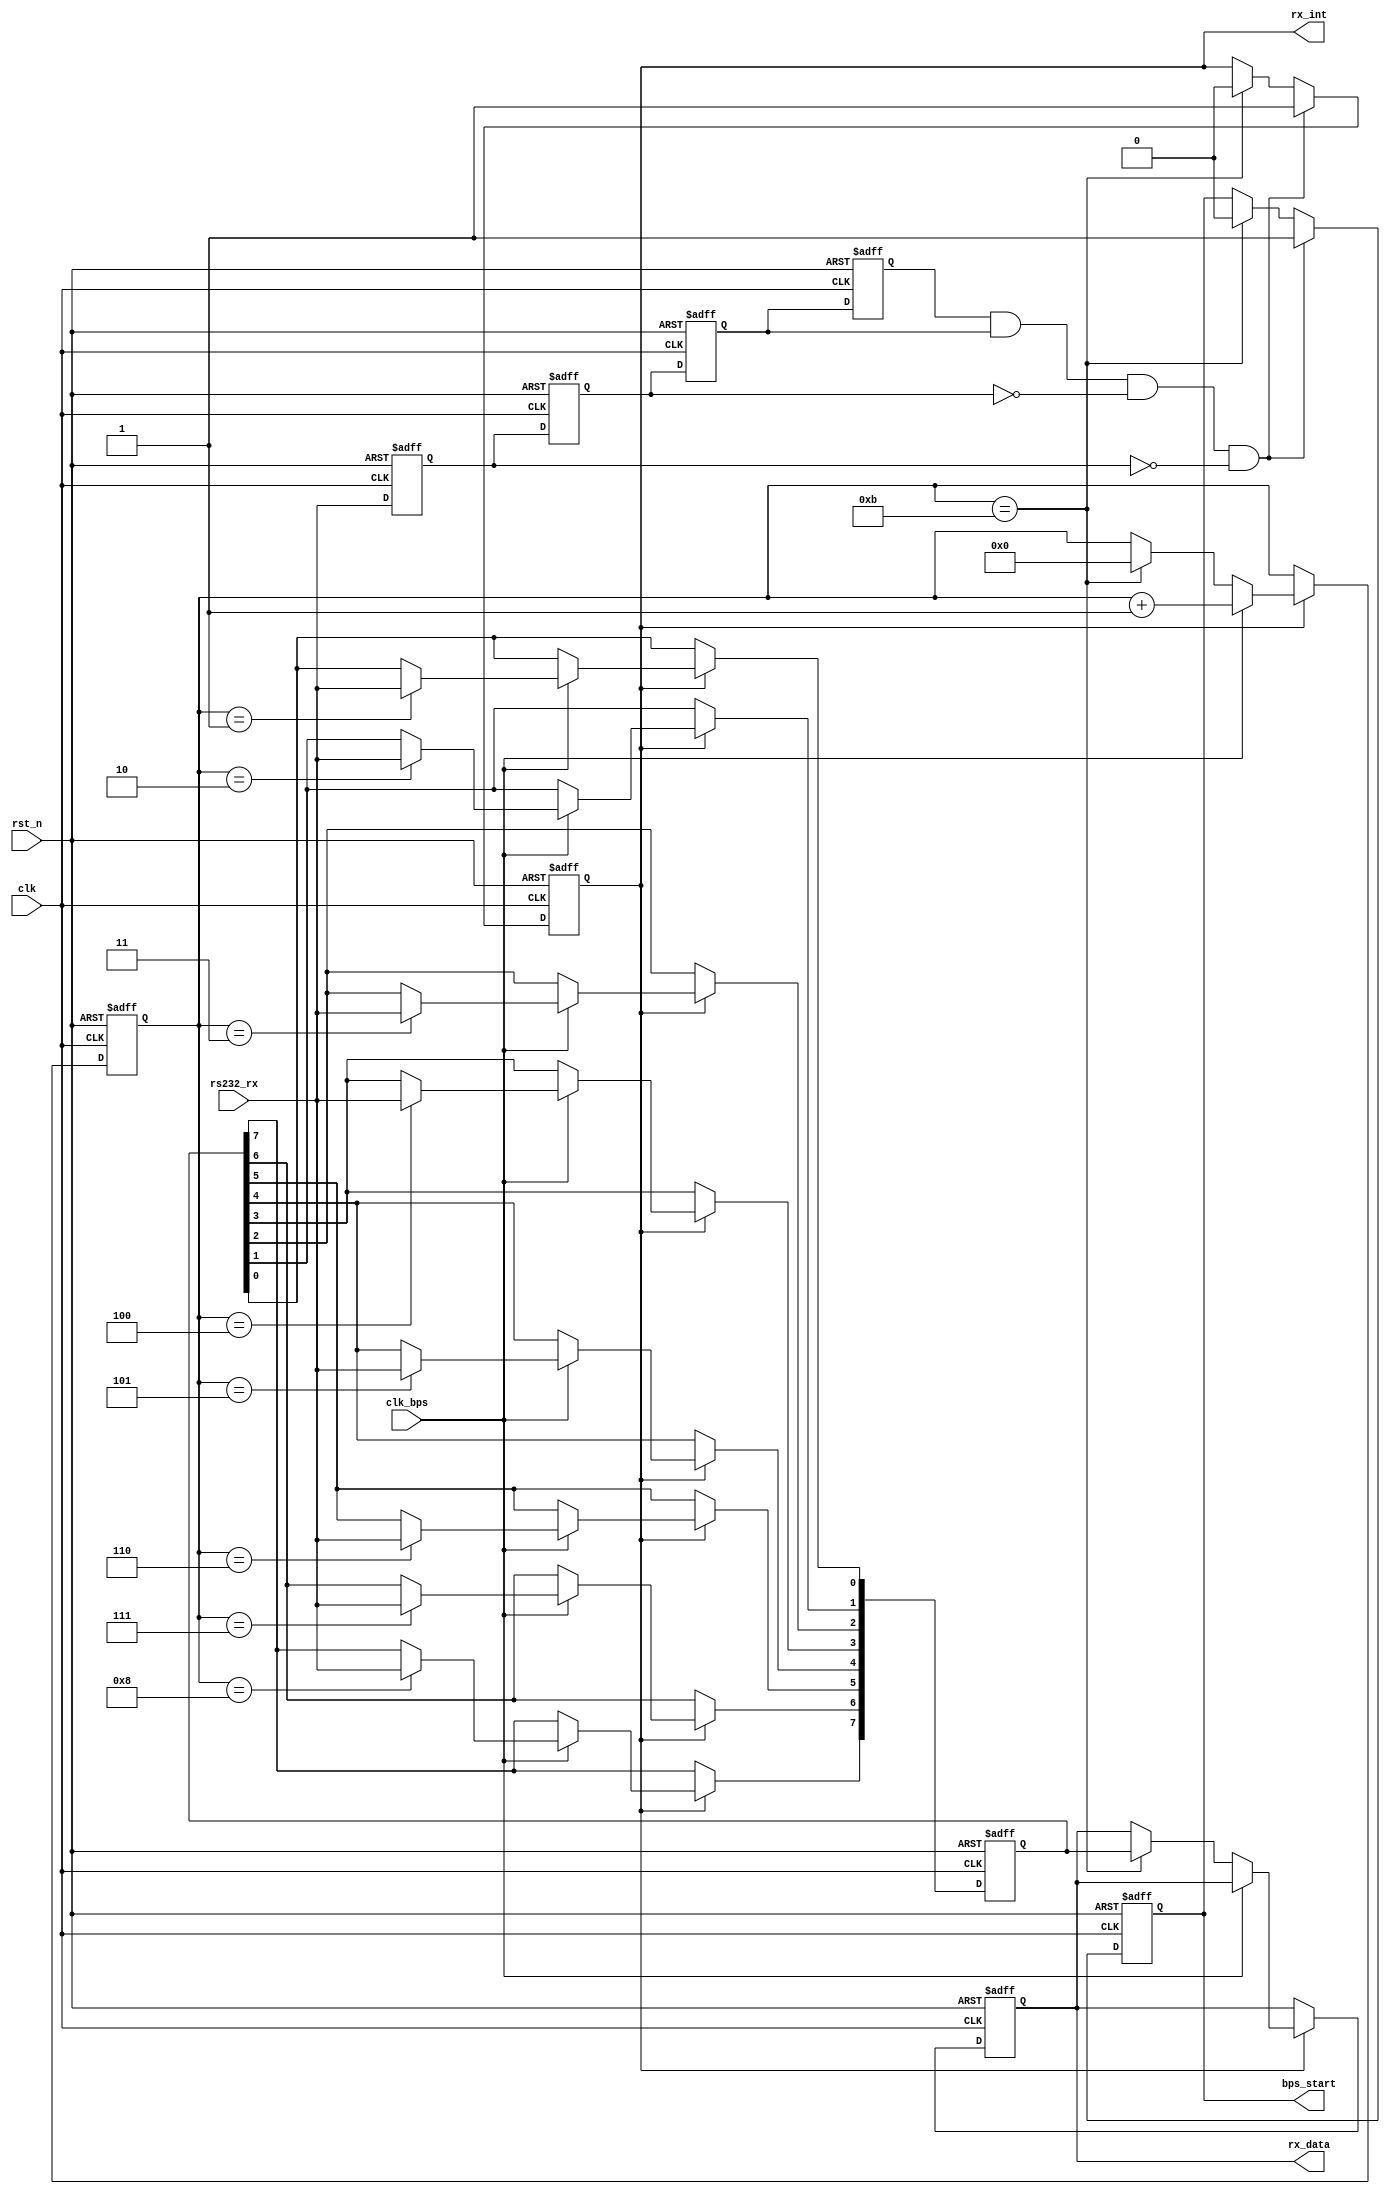
`timescale 1ns / 1ps

module my_uart_rx(
				clk,rst_n,
				rs232_rx,rx_data,rx_int,
				clk_bps,bps_start
			);

input clk;		// 50MHz
input rst_n;	//
input rs232_rx;	// RS232
input clk_bps;	// clk_bps
output bps_start;		//
output[7:0] rx_data;	// 
output rx_int;	//,

//----------------------------------------------------------------
reg rs232_rx0,rs232_rx1,rs232_rx2,rs232_rx3;	//
wire neg_rs232_rx;	//

always @ (posedge clk or negedge rst_n) begin
	if(!rst_n) begin
			rs232_rx0 <= 1'b0;
			rs232_rx1 <= 1'b0;
			rs232_rx2 <= 1'b0;
			rs232_rx3 <= 1'b0;
		end
	else begin
			rs232_rx0 <= rs232_rx;
			rs232_rx1 <= rs232_rx0;
			rs232_rx2 <= rs232_rx1;
			rs232_rx3 <= rs232_rx2;
		end
end
	//<20ns-40ns()
	// 
	//40ns
assign neg_rs232_rx = rs232_rx3 & rs232_rx2 & ~rs232_rx1 & ~rs232_rx0;	//neg_rs232_rx

//----------------------------------------------------------------
reg bps_start_r;
reg[3:0] num;	//
reg rx_int;		//,

always @ (posedge clk or negedge rst_n)
	if(!rst_n) begin
			bps_start_r <= 1'bz;
			rx_int <= 1'b0;
		end
	else if(neg_rs232_rx) begin		//rs232_rx
			bps_start_r <= 1'b1;	//
			rx_int <= 1'b1;			//
		end
	else if(num==4'd11) begin		//	///num11.12
			bps_start_r <= 1'b0;	//
			rx_int <= 1'b0;			//
		end

assign bps_start = bps_start_r;

//----------------------------------------------------------------
reg[7:0] rx_data_r;		//
//----------------------------------------------------------------

reg[7:0] rx_temp_data;	//

always @ (posedge clk or negedge rst_n)
	if(!rst_n) begin
			rx_temp_data <= 8'd0;
			num <= 4'd0;
			rx_data_r <= 8'd0;
		end
	else if(rx_int) begin	//
		if(clk_bps) begin	//,8bit12		
				num <= num+1'b1;
				case (num)
						4'd1: rx_temp_data[0] <= rs232_rx;	//0bit
						4'd2: rx_temp_data[1] <= rs232_rx;	//1bit
						4'd3: rx_temp_data[2] <= rs232_rx;	//2bit
						4'd4: rx_temp_data[3] <= rs232_rx;	//3bit
						4'd5: rx_temp_data[4] <= rs232_rx;	//4bit
						4'd6: rx_temp_data[5] <= rs232_rx;	//5bit
						4'd7: rx_temp_data[6] <= rs232_rx;	//6bit
						4'd8: rx_temp_data[7] <= rs232_rx;	//7bit
						default: ;
					endcase
			end
		else if(num == 4'd11) begin		//1+8+1(2)=11bit///num11.12
				num <= 4'd0;			//STOP,num
				rx_data_r <= rx_temp_data;	//rx_data
			end
		end

assign rx_data = rx_data_r;	

endmodule